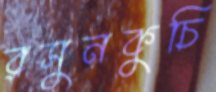
রসুনকুচি